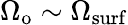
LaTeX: \Omega_{\mathrm{o}}\sim\Omega_{\mathrm{surf}}